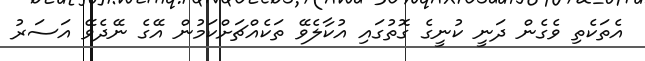
އެތަކެތި ވެގެން ދަނީ ކުނީގެ ގޮތުގައި އުކާލެވޭ ތަކެއްޗަށްކަމުން އޭގެ ނޭދެވޭ އަސަރު